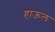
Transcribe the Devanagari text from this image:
हाऊल